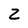
Character: Z